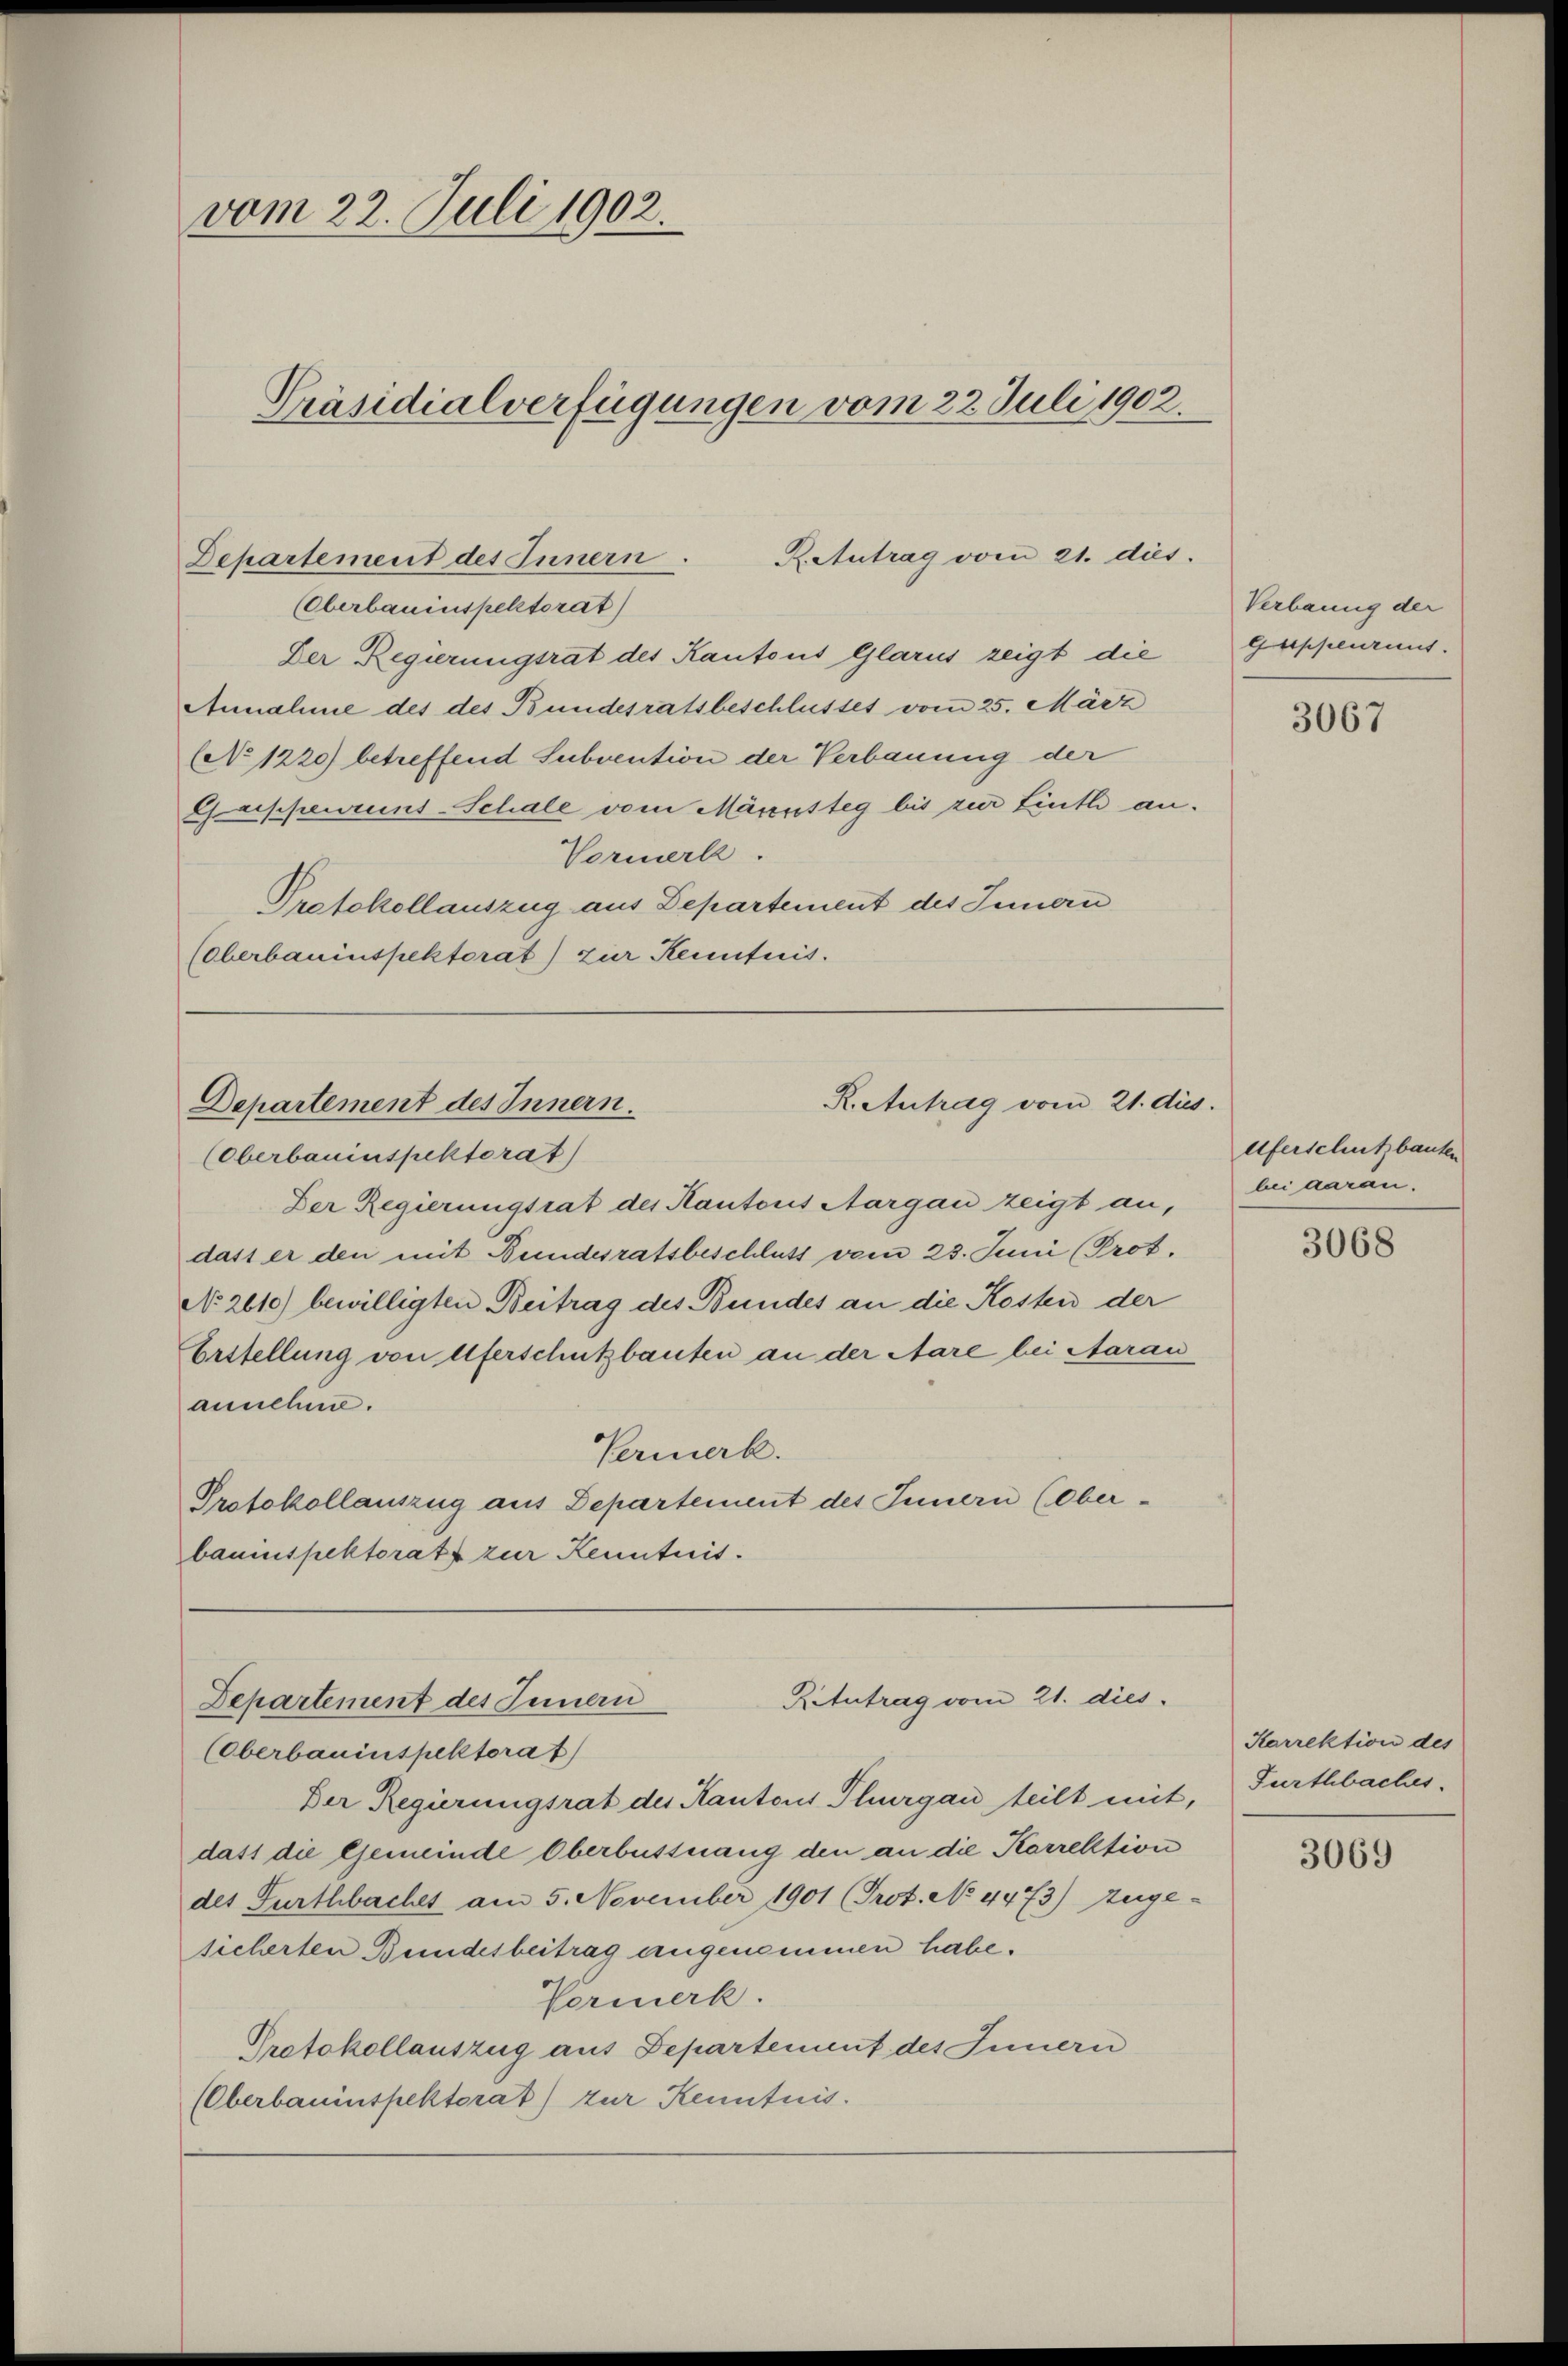
vom 22. Juli 1902.
Präsidialverfügungen vom 22. Juli 1902.

Reutrag vom 21. dies
Departement des Innern.
(Oberbauinspektorat)
Der Regierungsrat des Kantons Glarus zeigt die

Annahme des des Bundesratsbeschlusses vom 25. März
(No 1220) betreffend Subvention der Verbauung der
Gaippenannt-Schale vom Märnsteg bis zur Linth an.
Vormerk.
Protokollauszug aus Departement des Innern
(Oberbauinspektorat) zur Kenntnis.

R. Antrag vom 21. dus.
Departement des Innern.

Ritutrag vom 21. dies
Departement des Innern

(Oberbauinspektorat
Der Regierungsrat des Kantons Aargau zeigt an,
dass er den mit Bundesratsbeschluss vom 23. Juni (Prot.
No 2610) bewilligten Beitrag des Bundes an die Kosten der
Erstellung von Uferschutzbauten an der Aare bei Aarau
annehme.
Vermerk.
Protokollauszug aus Departement des Innern (Ober-
bauinspektoratz zur Kenntnis.

(Oberbauinspektorat
Der Regierungsrat des Kantons Thurgau teilt mit, Furthbaches,
dass die Gemeinde Oberbussnang den an die Korrektion
des Furthbachet am 5. November 1901 (Prot. No 4473) zuge-
sicherten Bundesbeitrag angenommen habe.
Vormerk.
Protokollauszug aus Departement des Innern
(Oberbauinspektorat) zur Kenntnis.

Verbanng der
Geschmanns.

3067

Uferschutzbauten
bei daran.

3068

Karrektion des

3069